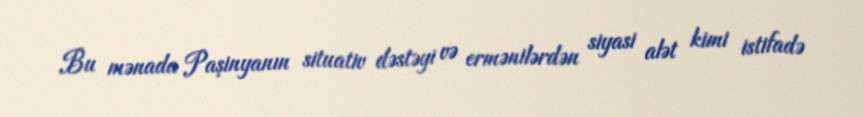
Bu mənada Paşinyanın situativ dəstəyi və ermənilərdən siyasi alət kimi istifadə